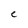
Character: e